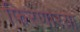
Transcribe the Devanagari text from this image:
फिरणारया